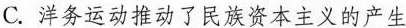
C. 洋务运动推动了民族资本主义的产生